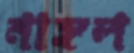
নাঙ্গল